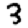
Digit: 3